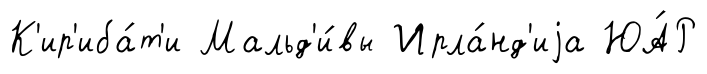
К'ир'иба́т'и Мальд'и́вы Ирла́нд'иjа ЮА́Р